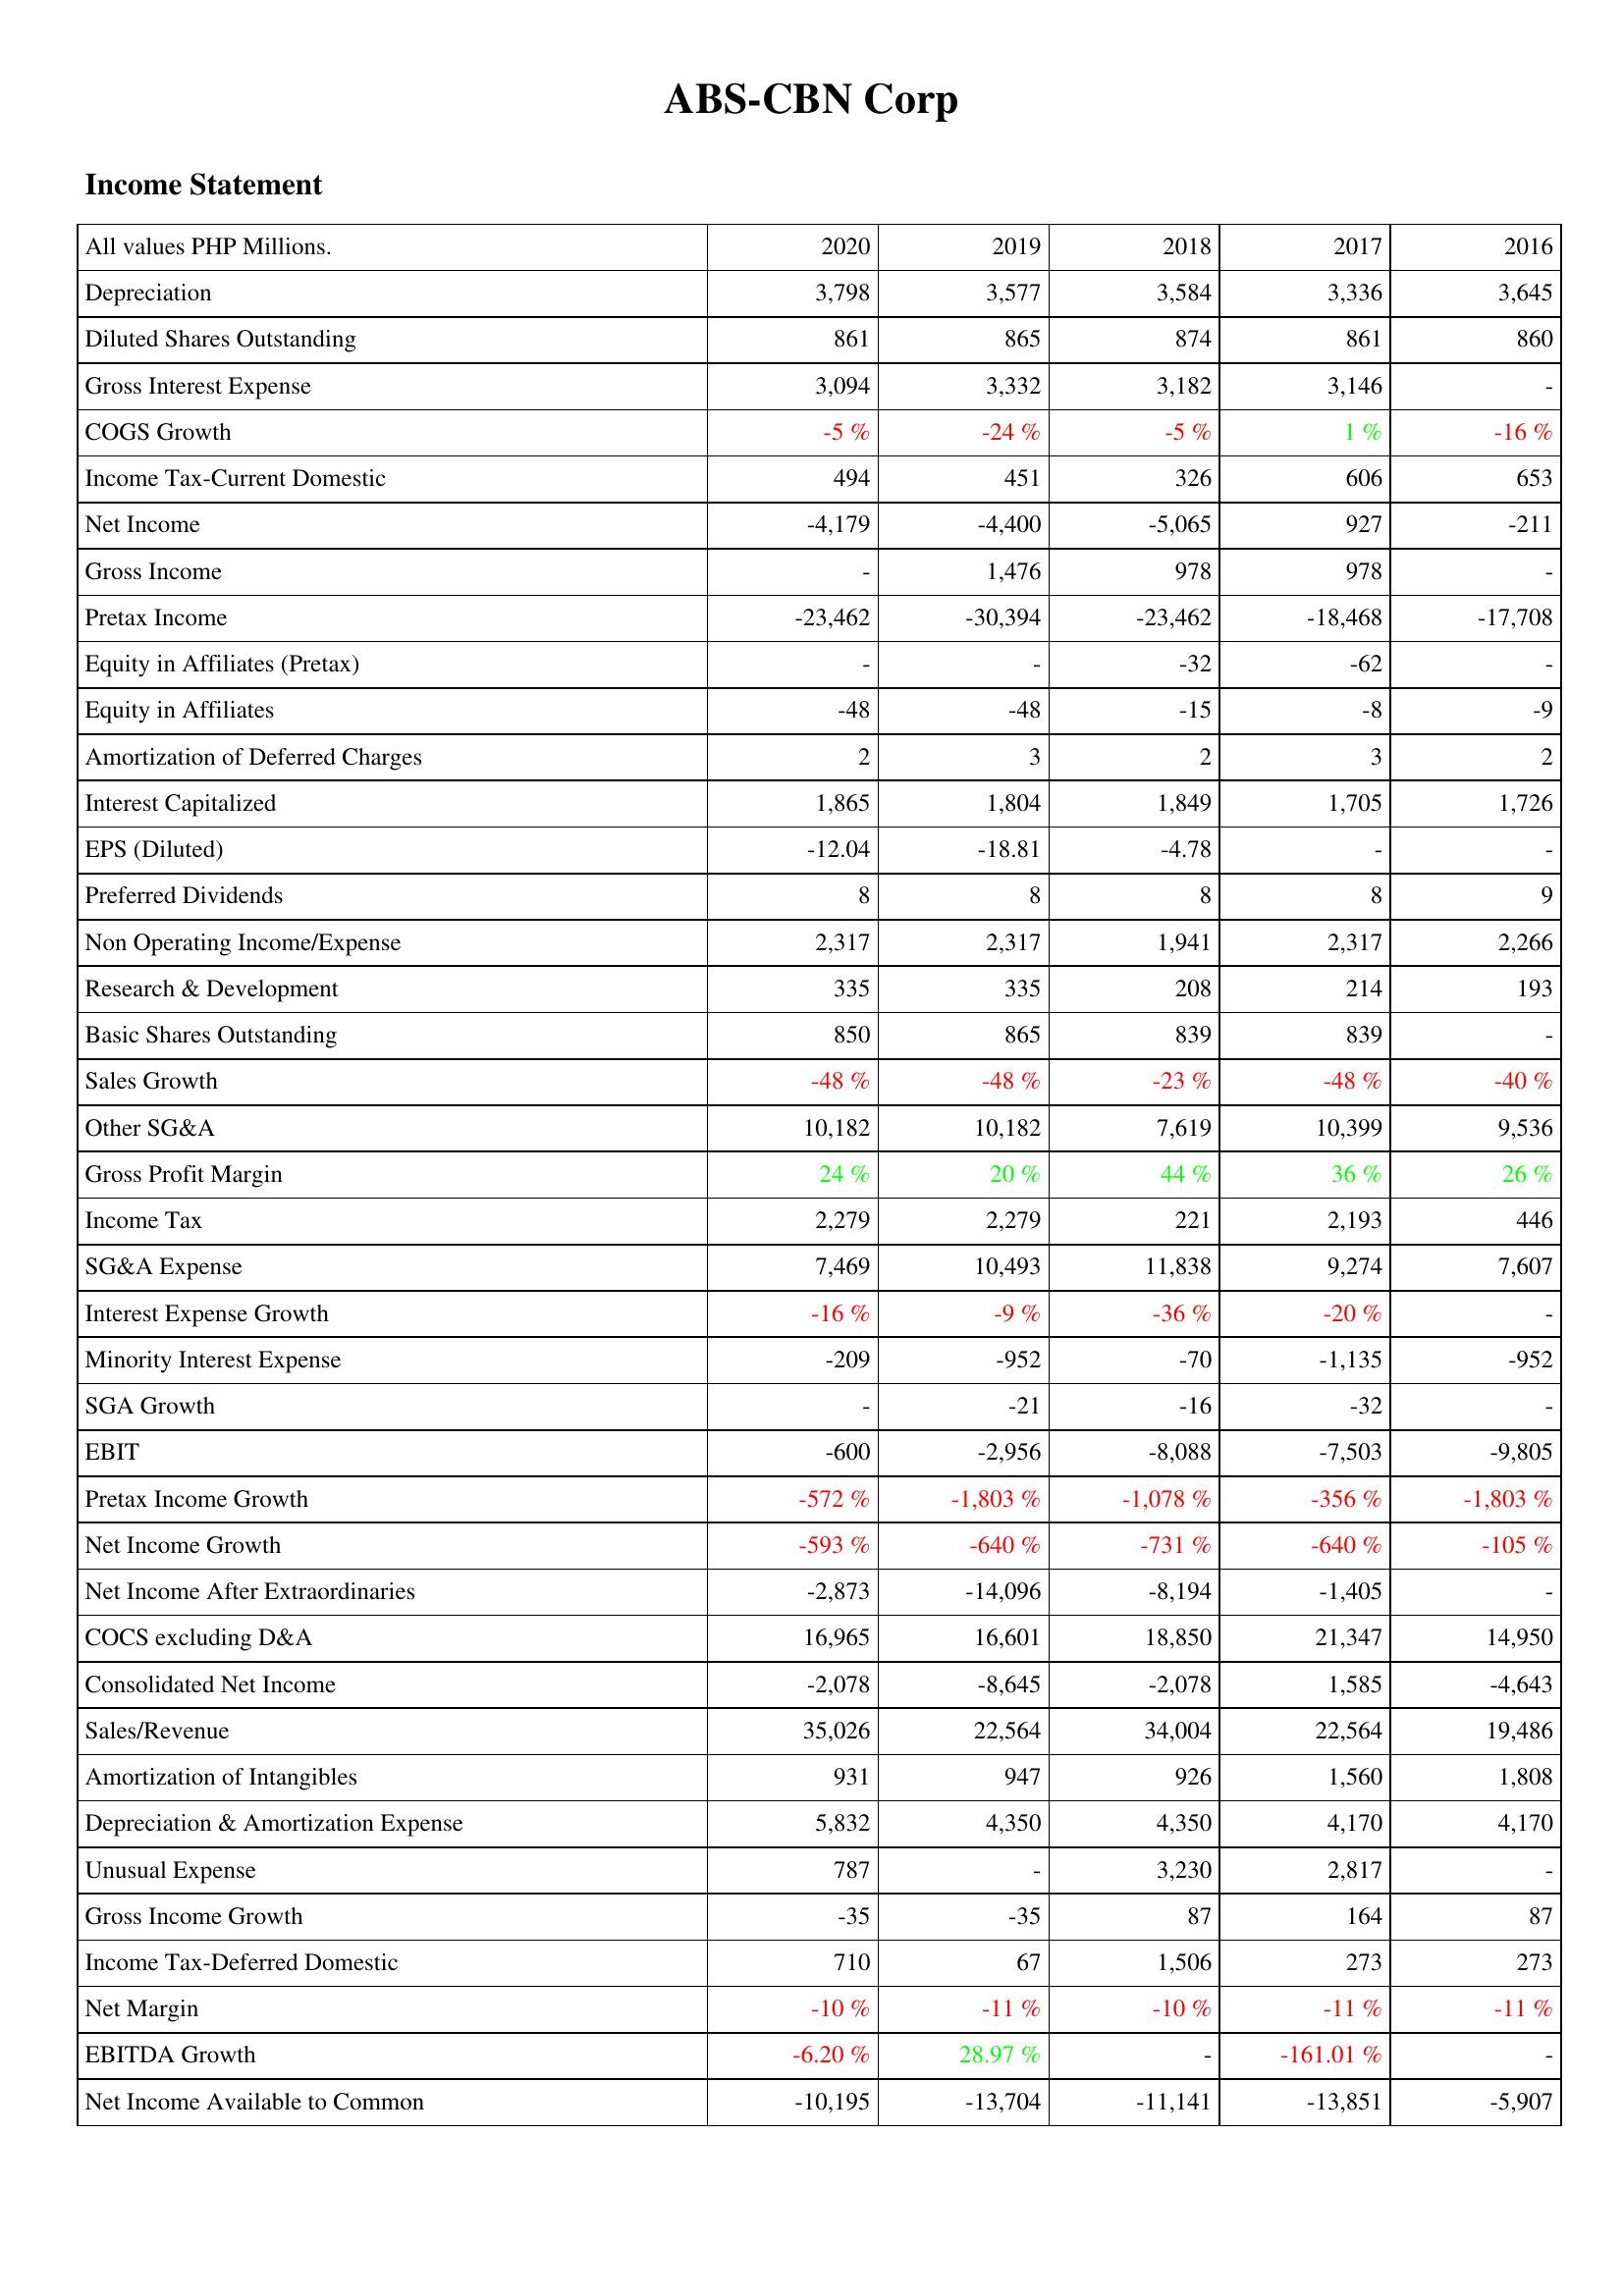
2020: Income Statement: Depreciation: 3,798
Diluted Shares Outstanding: 861
Gross Interest Expense: 3,094
COGS Growth: -5 %
Income Tax-Current Domestic: 494
Net Income: -4,179
Gross Income: -
Pretax Income: -23,462
Equity in Affiliates (Pretax): -
Equity in Affiliates: -48
Amortization of Deferred Charges: 2
Interest Capitalized: 1,865
EPS (Diluted): -12.04
Preferred Dividends: 8
Non Operating Income/Expense: 2,317
Research & Development: 335
Basic Shares Outstanding: 850
Sales Growth: -48 %
Other SG&A: 10,182
Gross Profit Margin: 24 %
Income Tax: 2,279
SG&A Expense: 7,469
Interest Expense Growth: -16 %
Minority Interest Expense: -209
SGA Growth: -
EBIT: -600
Pretax Income Growth: -572 %
Net Income Growth: -593 %
Net Income After Extraordinaries: -2,873
COCS excluding D&A: 16,965
Consolidated Net Income: -2,078
Sales/Revenue: 35,026
Amortization of Intangibles: 931
Depreciation & Amortization Expense: 5,832
Unusual Expense: 787
Gross Income Growth: -35
Income Tax-Deferred Domestic: 710
Net Margin: -10 %
EBITDA Growth: -6.20 %
Net Income Available to Common: -10,195
2019: Income Statement: Depreciation: 3,577
Diluted Shares Outstanding: 865
Gross Interest Expense: 3,332
COGS Growth: -24 %
Income Tax-Current Domestic: 451
Net Income: -4,400
Gross Income: 1,476
Pretax Income: -30,394
Equity in Affiliates (Pretax): -
Equity in Affiliates: -48
Amortization of Deferred Charges: 3
Interest Capitalized: 1,804
EPS (Diluted): -18.81
Preferred Dividends: 8
Non Operating Income/Expense: 2,317
Research & Development: 335
Basic Shares Outstanding: 865
Sales Growth: -48 %
Other SG&A: 10,182
Gross Profit Margin: 20 %
Income Tax: 2,279
SG&A Expense: 10,493
Interest Expense Growth: -9 %
Minority Interest Expense: -952
SGA Growth: -21
EBIT: -2,956
Pretax Income Growth: -1,803 %
Net Income Growth: -640 %
Net Income After Extraordinaries: -14,096
COCS excluding D&A: 16,601
Consolidated Net Income: -8,645
Sales/Revenue: 22,564
Amortization of Intangibles: 947
Depreciation & Amortization Expense: 4,350
Unusual Expense: -
Gross Income Growth: -35
Income Tax-Deferred Domestic: 67
Net Margin: -11 %
EBITDA Growth: 28.97 %
Net Income Available to Common: -13,704
2018: Income Statement: Depreciation: 3,584
Diluted Shares Outstanding: 874
Gross Interest Expense: 3,182
COGS Growth: -5 %
Income Tax-Current Domestic: 326
Net Income: -5,065
Gross Income: 978
Pretax Income: -23,462
Equity in Affiliates (Pretax): -32
Equity in Affiliates: -15
Amortization of Deferred Charges: 2
Interest Capitalized: 1,849
EPS (Diluted): -4.78
Preferred Dividends: 8
Non Operating Income/Expense: 1,941
Research & Development: 208
Basic Shares Outstanding: 839
Sales Growth: -23 %
Other SG&A: 7,619
Gross Profit Margin: 44 %
Income Tax: 221
SG&A Expense: 11,838
Interest Expense Growth: -36 %
Minority Interest Expense: -70
SGA Growth: -16
EBIT: -8,088
Pretax Income Growth: -1,078 %
Net Income Growth: -731 %
Net Income After Extraordinaries: -8,194
COCS excluding D&A: 18,850
Consolidated Net Income: -2,078
Sales/Revenue: 34,004
Amortization of Intangibles: 926
Depreciation & Amortization Expense: 4,350
Unusual Expense: 3,230
Gross Income Growth: 87
Income Tax-Deferred Domestic: 1,506
Net Margin: -10 %
EBITDA Growth: -
Net Income Available to Common: -11,141
2017: Income Statement: Depreciation: 3,336
Diluted Shares Outstanding: 861
Gross Interest Expense: 3,146
COGS Growth: 1 %
Income Tax-Current Domestic: 606
Net Income: 927
Gross Income: 978
Pretax Income: -18,468
Equity in Affiliates (Pretax): -62
Equity in Affiliates: -8
Amortization of Deferred Charges: 3
Interest Capitalized: 1,705
EPS (Diluted): -
Preferred Dividends: 8
Non Operating Income/Expense: 2,317
Research & Development: 214
Basic Shares Outstanding: 839
Sales Growth: -48 %
Other SG&A: 10,399
Gross Profit Margin: 36 %
Income Tax: 2,193
SG&A Expense: 9,274
Interest Expense Growth: -20 %
Minority Interest Expense: -1,135
SGA Growth: -32
EBIT: -7,503
Pretax Income Growth: -356 %
Net Income Growth: -640 %
Net Income After Extraordinaries: -1,405
COCS excluding D&A: 21,347
Consolidated Net Income: 1,585
Sales/Revenue: 22,564
Amortization of Intangibles: 1,560
Depreciation & Amortization Expense: 4,170
Unusual Expense: 2,817
Gross Income Growth: 164
Income Tax-Deferred Domestic: 273
Net Margin: -11 %
EBITDA Growth: -161.01 %
Net Income Available to Common: -13,851
2016: Income Statement: Depreciation: 3,645
Diluted Shares Outstanding: 860
Gross Interest Expense: -
COGS Growth: -16 %
Income Tax-Current Domestic: 653
Net Income: -211
Gross Income: -
Pretax Income: -17,708
Equity in Affiliates (Pretax): -
Equity in Affiliates: -9
Amortization of Deferred Charges: 2
Interest Capitalized: 1,726
EPS (Diluted): -
Preferred Dividends: 9
Non Operating Income/Expense: 2,266
Research & Development: 193
Basic Shares Outstanding: -
Sales Growth: -40 %
Other SG&A: 9,536
Gross Profit Margin: 26 %
Income Tax: 446
SG&A Expense: 7,607
Interest Expense Growth: -
Minority Interest Expense: -952
SGA Growth: -
EBIT: -9,805
Pretax Income Growth: -1,803 %
Net Income Growth: -105 %
Net Income After Extraordinaries: -
COCS excluding D&A: 14,950
Consolidated Net Income: -4,643
Sales/Revenue: 19,486
Amortization of Intangibles: 1,808
Depreciation & Amortization Expense: 4,170
Unusual Expense: -
Gross Income Growth: 87
Income Tax-Deferred Domestic: 273
Net Margin: -11 %
EBITDA Growth: -
Net Income Available to Common: -5,907